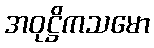
အဝုဋ္ဌိကသမော